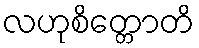
လဟုစိတ္တောတိ